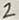
Text: 2